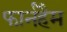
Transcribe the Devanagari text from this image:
फार्नहैम